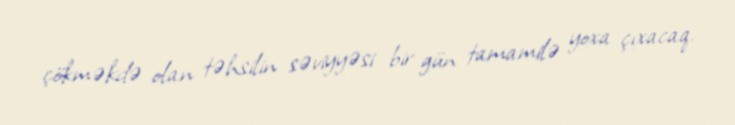
çökməkdə olan təhsilin səviyyəsi bir gün tamamilə yoxa çıxacaq.